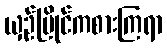
ယှဉ်ပြိုင်ကစားကြရာ